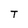
Character: T